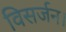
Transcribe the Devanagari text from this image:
विसर्जन।